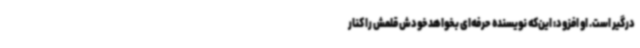
درگیر است. او افزود: این‌که نویسنده‌ حرفه‌ای بخواهدخودش قلمش را کنار